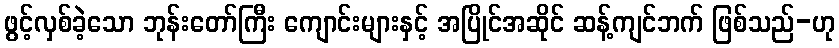
ဖွင့်လှစ်ခဲ့သော ဘုန်းတော်ကြီး ကျောင်းများနှင့် အပြိုင်အဆိုင် ဆန့်ကျင်ဘက် ဖြစ်သည်-ဟု